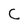
Character: C